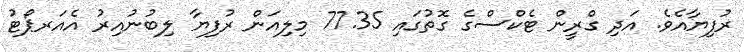
ރުފިޔާއެވެ. އަދި ގްރީން ޓެކްސްގެ ގޮތުގައި 77.35 މިލިއަން ރުފިޔާ ލިބުނުއިރު އެއަރޕޯޓު